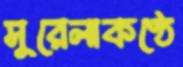
সুরেলাকণ্ঠে